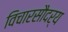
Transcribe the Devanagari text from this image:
विचारसौदर्य